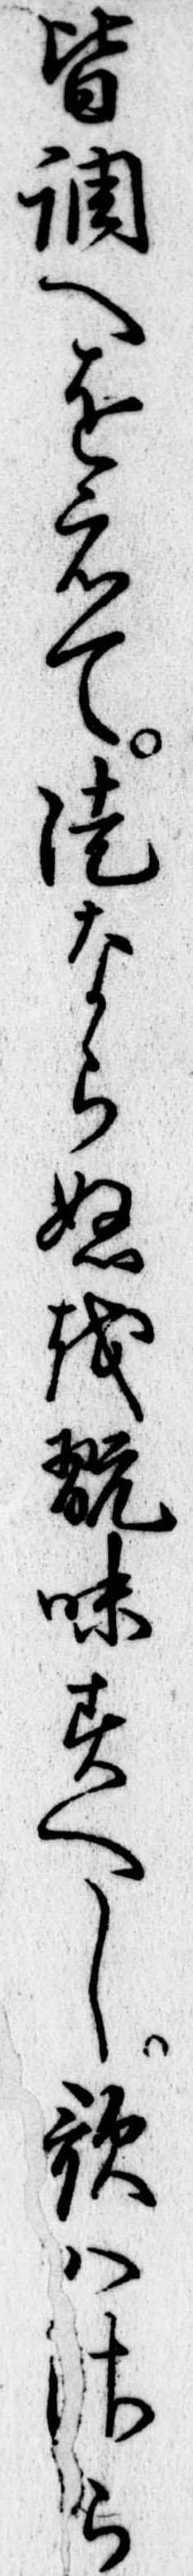
皆調へをえて徒ならぬを翫味すへし歌はさら